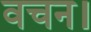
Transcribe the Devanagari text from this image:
वचन।